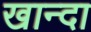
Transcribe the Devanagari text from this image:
खान्दा